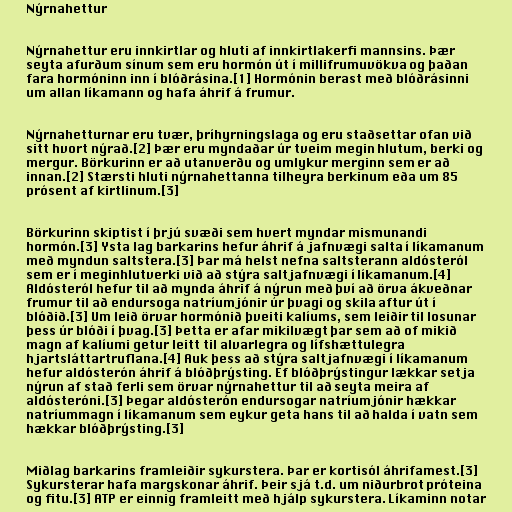
Nýrnahettur

Nýrnahettur eru innkirtlar og hluti af innkirtlakerfi mannsins. Þær
seyta afurðum sínum sem eru hormón út í millifrumuvökva og þaðan
fara hormóninn inn í blóðrásina.[1] Hormónin berast með blóðrásinni
um allan líkamann og hafa áhrif á frumur.

Nýrnahetturnar eru tvær, þríhyrningslaga og eru staðsettar ofan við
sitt hvort nýrað.[2] Þær eru myndaðar úr tveim megin hlutum, berki og
mergur. Börkurinn er að utanverðu og umlykur merginn sem er að
innan.[2] Stærsti hluti nýrnahettanna tilheyra berkinum eða um 85
prósent af kirtlinum.[3]

Börkurinn skiptist í þrjú svæði sem hvert myndar mismunandi
hormón.[3] Ysta lag barkarins hefur áhrif á jafnvægi salta í líkamanum
með myndun saltstera.[3] Þar má helst nefna saltsterann aldósteról
sem er í meginhlutverki við að stýra saltjafnvægi í líkamanum.[4]
Aldósteról hefur til að mynda áhrif á nýrun með því að örva ákveðnar
frumur til að endursoga natríumjónir úr þvagi og skila aftur út í
blóðið.[3] Um leið örvar hormónið þveiti kalíums, sem leiðir til losunar
þess úr blóði í þvag.[3] Þetta er afar mikilvægt þar sem að of mikið
magn af kalíumi getur leitt til alvarlegra og lífshættulegra
hjartsláttartruflana.[4] Auk þess að stýra saltjafnvægi í líkamanum
hefur aldósterón áhrif á blóðþrýsting. Ef blóðþrýstingur lækkar setja
nýrun af stað ferli sem örvar nýrnahettur til að seyta meira af
aldósteróni.[3] Þegar aldósterón endursogar natríumjónir hækkar
natríummagn í líkamanum sem eykur geta hans til að halda í vatn sem
hækkar blóðþrýsting.[3]

Miðlag barkarins framleiðir sykurstera. Þar er kortisól áhrifamest.[3]
Sykursterar hafa margskonar áhrif. Þeir sjá t.d. um niðurbrot próteina
og fitu.[3] ATP er einnig framleitt með hjálp sykurstera. Líkaminn notar